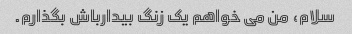
سلام، من می خواهم یک زنگ بیدارباش بگذارم.